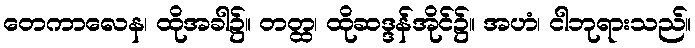
တေကာလေန၊ ထိုအခါ၌။ တတ္ထ၊ ထိုဆဒ္ဒန်အိုင်၌။ အဟံ၊ ငါဘုရားသည်။